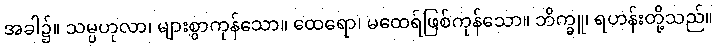
အခါ၌။ သမ္ပဟုလာ၊ များစွာကုန်သော။ ထေရော၊ မထေရ်ဖြစ်ကုန်သော။ ဘိက္ခူ၊ ရဟန်းတို့သည်။